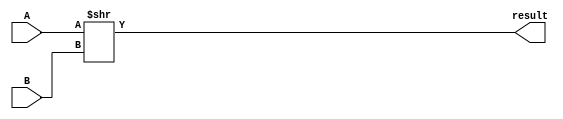
/* Representation of a 32-bit Right Bit Shift operation in Verilog HDL. */
/* A is the data to be shifted, and B specifies the number of bits to shift */
/* The double right-shift operator '>>' is a logical shift that fills in the vacated bits with zeroes */
module shift_right(
    // Right Shift Inputs
    input wire [31:0] A, B,
    
    // Right Shift Output
    output wire [31:0] result);

    // Shifts 'A' Right by B bits
    assign result = A >> B;      

endmodule // shift_right end.